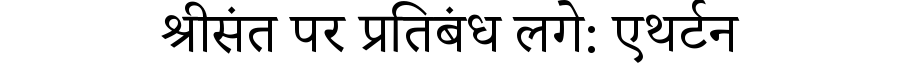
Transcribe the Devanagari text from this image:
श्रीसंत पर प्रतिबंध लगे: एथर्टन